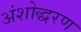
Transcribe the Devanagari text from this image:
अंशोद्धरण